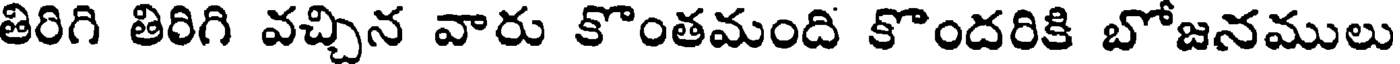
తిరిగి తిరిగి వచ్చిన వారు కొంతమంది కొందరికి బోజనములు